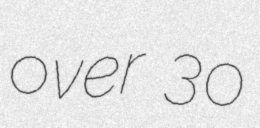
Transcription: over 30